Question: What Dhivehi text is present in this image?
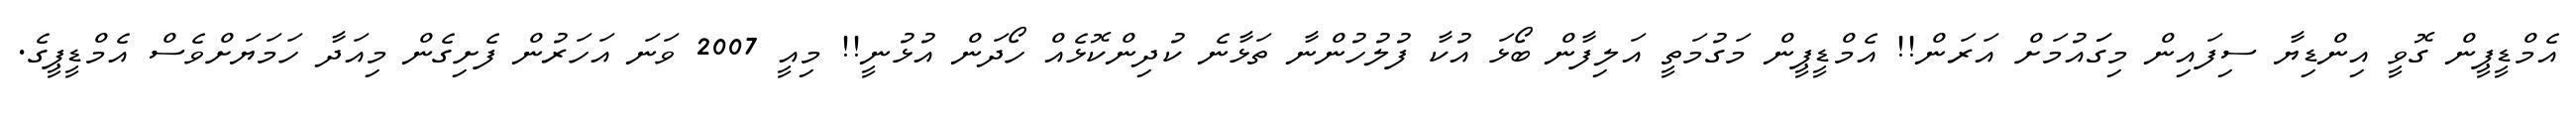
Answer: އެމްޑީޕީން ގޮވީ އިންޑިޔާ ސިފައިން މިގަައުމަށް އަރަން!! އެމްޑީޕީން މަގުމަތީ އަލިފާން ބޯޅަ އުކާ ފުލުހުންނާ ތަޅާނެ ކުދިންކޮޅެއް ހޯދަން އުޅުނީ!! މިއީ 2007 ވަނަ އަހަރުން ފެށިގެން މިއަދާ ހަމަޔަށްވެސް އެމްޑީޕީގެ.